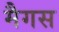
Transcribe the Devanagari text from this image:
मैगस